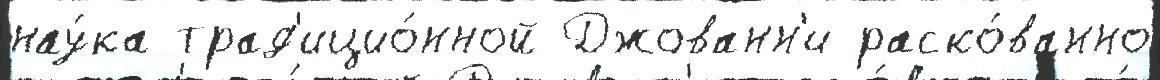
нау́ка трад'ицио́нной Джованн'и раско́ванно